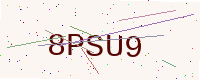
Text: 8PSU9